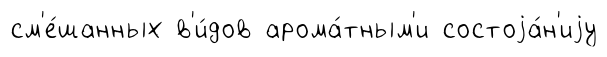
см'е́шанных в'и́дов арома́тным'и состоjа́н'иjу